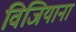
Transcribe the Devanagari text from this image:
विजियाना